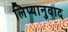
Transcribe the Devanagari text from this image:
लिप्यानुवाद